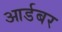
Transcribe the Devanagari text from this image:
आर्डबर